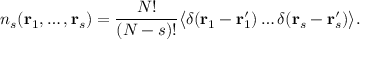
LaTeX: n _ { s } ( \mathbf { r } _ { 1 } , \dots , \mathbf { r } _ { s } ) = { \frac { N ! } { ( N - s ) ! } } { \big \langle } \delta ( \mathbf { r } _ { 1 } - \mathbf { r } _ { 1 } ^ { \prime } ) \dots \delta ( \mathbf { r } _ { s } - \mathbf { r } _ { s } ^ { \prime } ) { \big \rangle } .